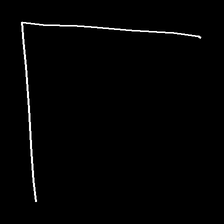
Glyph: region